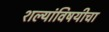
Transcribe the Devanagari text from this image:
शल्यांविषयीचा